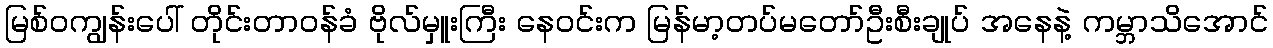
မြစ်ဝကျွန်းပေါ် တိုင်းတာဝန်ခံ ဗိုလ်မှူးကြီး နေဝင်းက မြန်မာ့တပ်မတော်ဦးစီးချုပ် အနေနဲ့ ကမ္ဘာသိအောင်